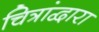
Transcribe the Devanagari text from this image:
चित्रांद्वारा